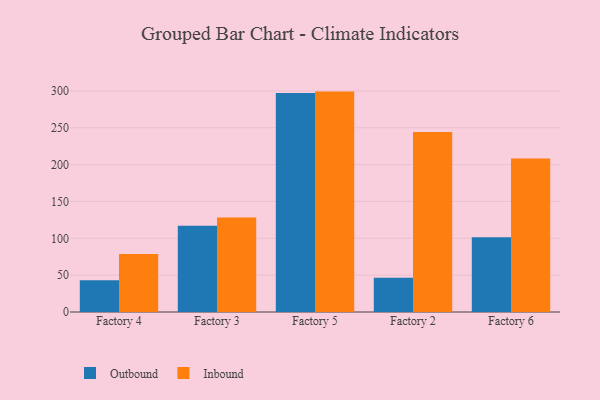
{"axis": {"x": "Factory", "y": "Population (Million)"}, "legend": ["Inbound", "Outbound"], "data": [{"x": "Factory 4", "y": 43.2, "type": "Outbound"}, {"x": "Factory 4", "y": 78.6, "type": "Inbound"}, {"x": "Factory 3", "y": 117.0, "type": "Outbound"}, {"x": "Factory 3", "y": 128.1, "type": "Inbound"}, {"x": "Factory 5", "y": 297.1, "type": "Outbound"}, {"x": "Factory 5", "y": 299.1, "type": "Inbound"}, {"x": "Factory 2", "y": 46.4, "type": "Outbound"}, {"x": "Factory 2", "y": 244.3, "type": "Inbound"}, {"x": "Factory 6", "y": 101.5, "type": "Outbound"}, {"x": "Factory 6", "y": 208.3, "type": "Inbound"}]}